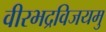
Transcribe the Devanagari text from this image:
वीरभद्रविजयमु